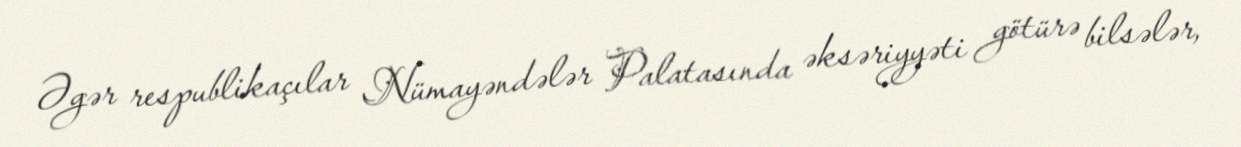
Əgər respublikaçılar Nümayəndələr Palatasında əksəriyyəti götürə bilsələr,